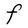
Character: F